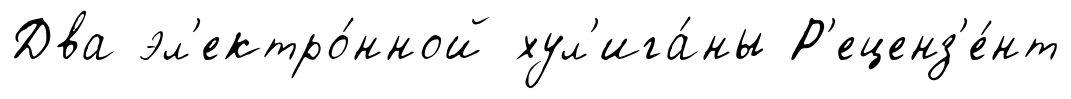
Два эл'ектро́нной хул'ига́ны Р'еценз'е́нт